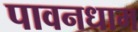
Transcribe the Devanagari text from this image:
पावनधाम